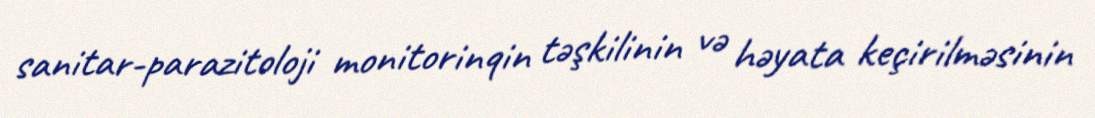
sanitar-parazitoloji monitorinqin təşkilinin və həyata keçirilməsinin